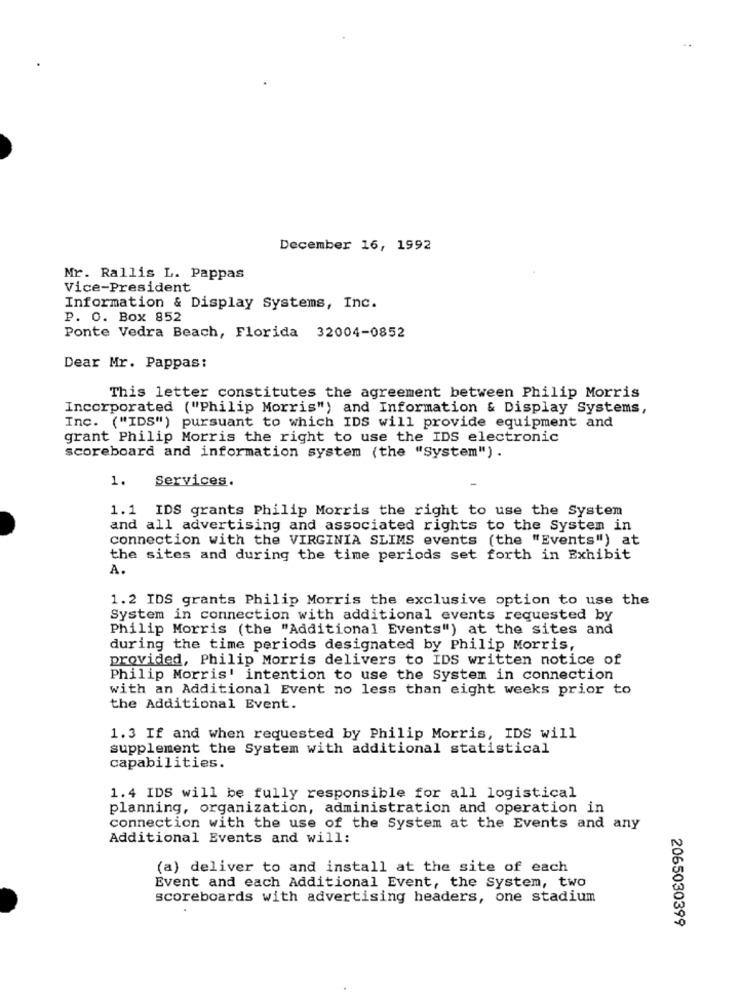
December 16, 1992
Mr. Rallis L. Pappas
Vice-President
Information & Display Systems, Inc.
P. O. Box 852
Ponte Vedra Beach, Florida 32004-0852
Dear Mr. Pappas:
This letter constitutes the agreement between Philip Morris
Incorporated ("Philip Morris") and Information & Display Systems,
Inc. ("IDS") pursuant to which IDS will provide equipment and
grant Philip Morris the right to use the IDS electronic
scoreboard and information system (the "System") .
1.
Services.
1.1 IDS grants Philip Morris the right to use the System
and all advertising and associated rights to the System in
connection with the VIRGINIA SLIMS events (the "Events") at
the sites and during the time periods set forth in Exhibit
A.
1.2 IDS grants Philip Morris the exclusive option to use the
System in connection with additional events requested by
Philip Morris (the "Additional Events") at the sites and
during the time periods designated by Philip Morris,
provided, Philip Morris delivers to IDS written notice of
Philip Morris' intention to use the System in connection
with an Additional Event no less than eight weeks prior to
the Additional Event.
1.3 If and when requested by Philip Morris, IDS will
supplement the System with additional statistical
capabilities.
1.4 IDS will be fully responsible for all logistical
planning, organization, administration and operation in
connection with the use of the System at the Events and any
Additional Events and will:
(a) deliver to and install at the site of each
Event and each Additional Event, the System, two
scoreboards with advertising headers, one stadium
2065030399